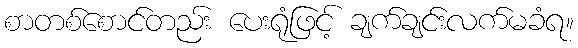
စာတစ်စောင်တည်း ပေးရုံဖြင့် ချက်ချင်းလက်မခံရ။